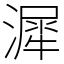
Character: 漽